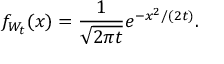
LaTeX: f _ { W _ { t } } ( x ) = { \frac { 1 } { \sqrt { 2 \pi t } } } e ^ { - x ^ { 2 } / ( 2 t ) } .